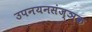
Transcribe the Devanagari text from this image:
उपनयनसंज्ञक